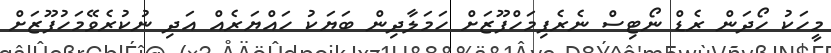
މީހަކު ހޯދަން ރެޑް ނޯޓިސް ނެރެފިމަހްފޫޒަށް ހަމަލާދިން ބަޔަކު ހައްޔަރެއް އަދި ނުކުރެވޭމަހުފޫޒަށް